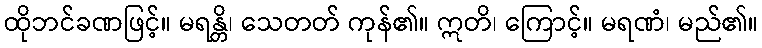
ထိုဘင်ခဏဖြင့်။ မရန္တိ၊ သေတတ် ကုန်၏။ ဣတိ၊ ကြောင့်။ မရဏံ၊ မည်၏။